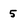
Character: 5